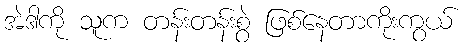
အဲဒါကို သူက တန်းတန်းစွဲ ဖြစ်နေတာကိုးကွယ်